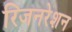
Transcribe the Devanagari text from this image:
रिजनरेशन